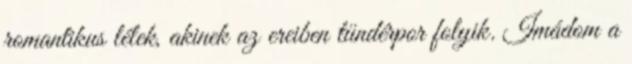
romantikus lélek, akinek az ereiben tündérpor folyik. Imádom a